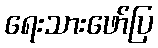
ရေးသားဖော်ပြ